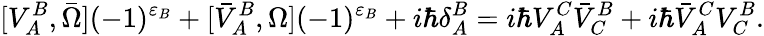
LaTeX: [V_{A}^{B},\bar{\Omega}](-1)^{\varepsilon_{B}}+[\bar{V}_{A}^{B},\Omega](-1)^{\varepsilon_{B}}+i\hbar\delta_{A}^{B}=i\hbar V_{A}^{C}\bar{V}_{C}^{B}+i\hbar\bar{V}_{A}^{C}V_{C}^{B}.